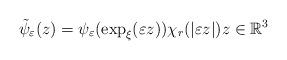
LaTeX: \begin{align*}\tilde{\psi}_{\varepsilon}(z)=\psi_{\varepsilon}(\exp_{\xi}(\varepsilon z))\chi_{r}(|\varepsilon z|)z\in\mathbb{R}^{3}\end{align*}